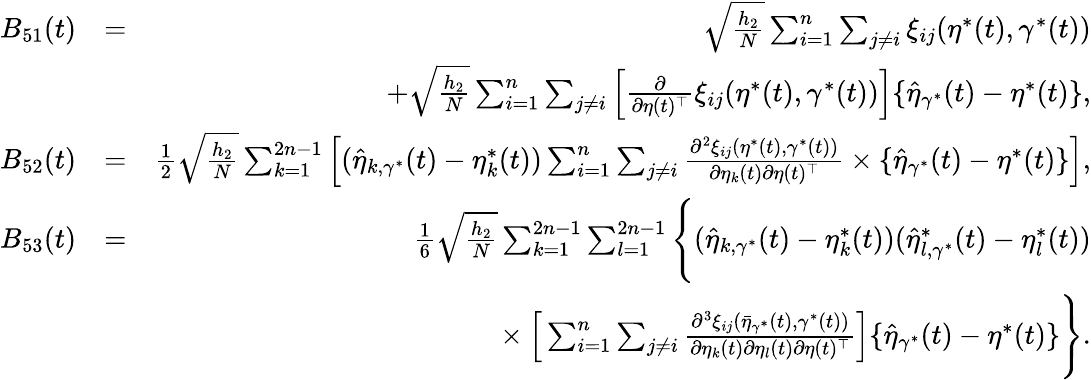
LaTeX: \begin{array}{rlr}{B_{51}(t)}&{=}&{\sqrt{\frac{h_{2}}{N}}\sum_{i=1}^{n}\sum_{j\neq i}\xi_{ij}(\eta^{*}(t),\gamma^{*}(t))}\\ &{}&{+\sqrt{\frac{h_{2}}{N}}\sum_{i=1}^{n}\sum_{j\neq i}\Big[\frac{\partial}{\partial\eta(t)^{\top}}\xi_{ij}(\eta^{*}(t),\gamma^{*}(t))\Big]\{ \widehat{\eta}_{\gamma^{*}}(t)-\eta^{*}(t)\} ,}\\ {B_{52}(t)}&{=}&{\frac{1}{2}\sqrt{\frac{h_{2}}{N}}\sum_{k=1}^{2n-1}\Big[(\widehat{\eta}_{k,\gamma^{*}}(t)-\eta_{k}^{*}(t))\sum_{i=1}^{n}\sum_{j\neq i}\frac{\partial^{2}\xi_{ij}(\eta^{*}(t),\gamma^{*}(t))}{\partial\eta_{k}(t)\partial\eta(t)^{\top}}\times\{ \widehat{\eta}_{\gamma^{*}}(t)-\eta^{*}(t)\} \Big],}\\ {B_{53}(t)}&{=}&{\frac{1}{6}\sqrt{\frac{h_{2}}{N}}\sum_{k=1}^{2n-1}\sum_{l=1}^{2n-1}\Bigg\{ (\widehat{\eta}_{k,\gamma^{*}}(t)-\eta_{k}^{*}(t))(\widehat{\eta}_{l,\gamma^{*}}^{*}(t)-\eta_{l}^{*}(t))}\\ &{}&{~~~~\times\Big[\sum_{i=1}^{n}\sum_{j\neq i}\frac{\partial^{3}\xi_{ij}(\bar{\eta}_{\gamma^{*}}(t),\gamma^{*}(t))}{\partial\eta_{k}(t)\partial\eta_{l}(t)\partial\eta(t)^{\top}}\Big]\{ \widehat{\eta}_{\gamma^{*}}(t)-\eta^{*}(t)\} \Bigg\} .}\end{array}